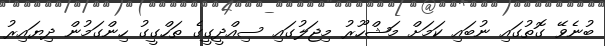
ބުނެވޭ ގޮތުގައި ނުބައި ކަމަށް މަޝްހޫރު މިޖަލުގައި ސިއްދީގީގެ ތަހްގީގު ހިންގަމުން ދިޔައިރު